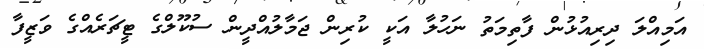
އަމިއްލަ ދިރިއުޅުން ފާތިމަތު ނަހުލާ އަކީ ކުރިން ޖަމާލުއްދީން ސުކޫލްގެ ޓީޗަރެއްގެ ވަޒީފާ